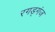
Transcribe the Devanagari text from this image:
रगड्गंज